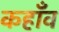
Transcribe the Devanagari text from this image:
कहाँव